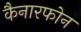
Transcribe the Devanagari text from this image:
कैनारफोन